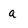
Character: a